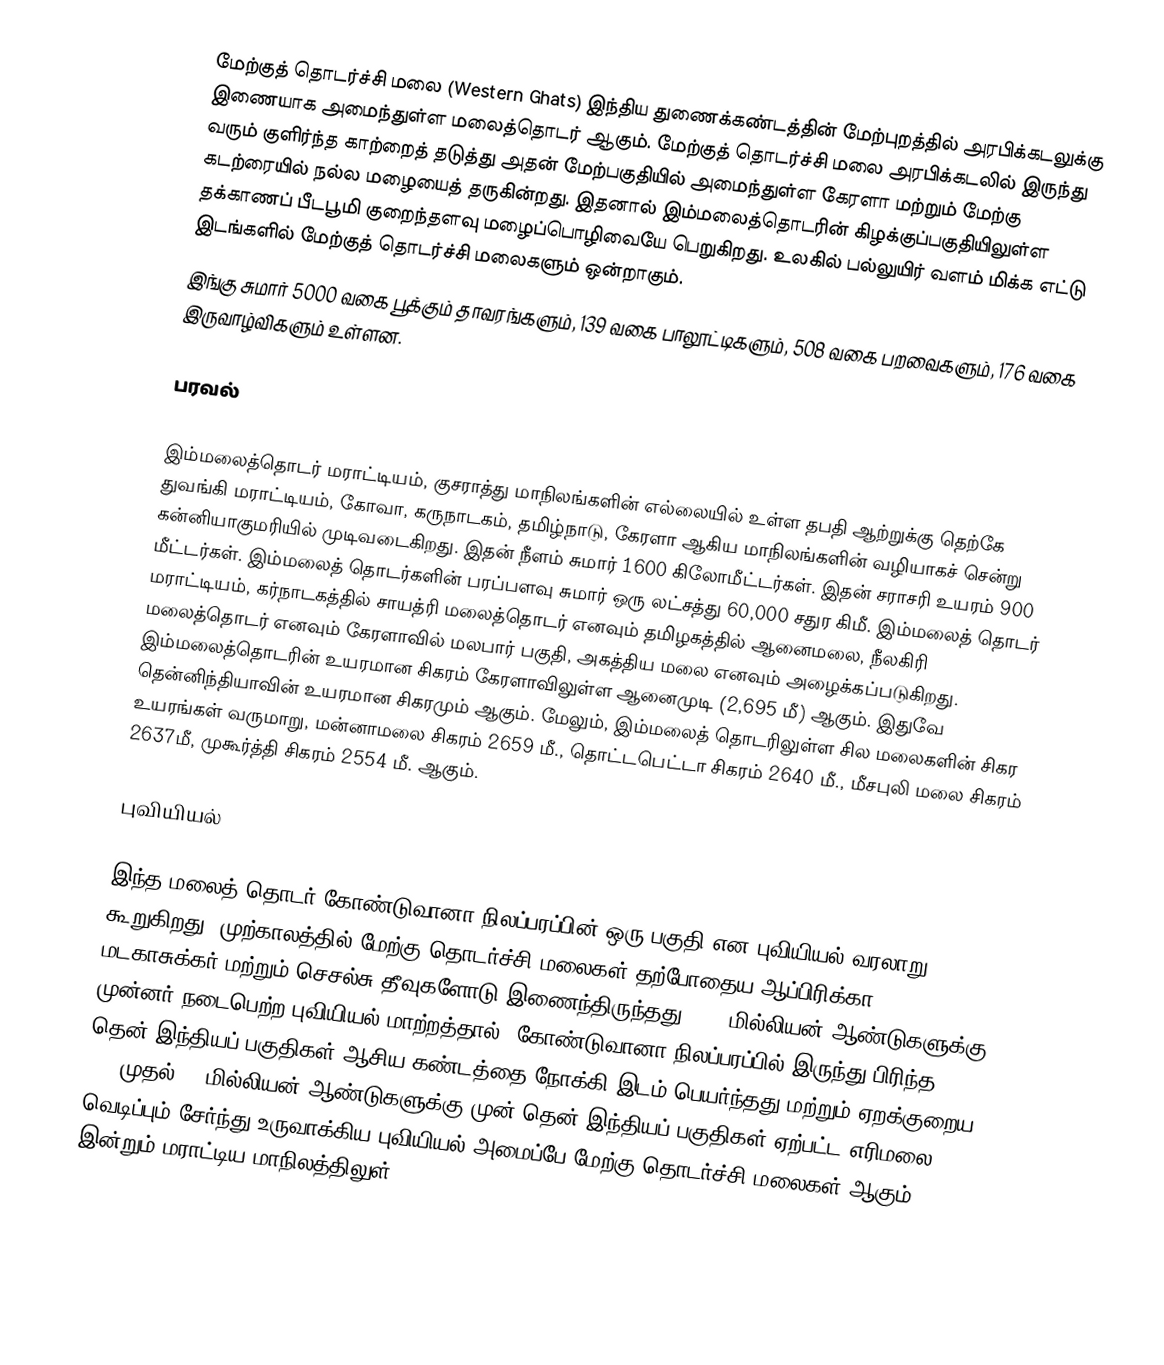
மேற்குத் தொடர்ச்சி மலை (Western Ghats) இந்திய துணைக்கண்டத்தின் மேற்புறத்தில் அரபிக்கடலுக்கு இணையாக அமைந்துள்ள மலைத்தொடர் ஆகும். மேற்குத் தொடர்ச்சி மலை அரபிக்கடலில் இருந்து வரும் குளிர்ந்த காற்றைத் தடுத்து அதன் மேற்பகுதியில் அமைந்துள்ள கேரளா மற்றும் மேற்கு கடற்ரையில் நல்ல மழையைத் தருகின்றது. இதனால் இம்மலைத்தொடரின் கிழக்குப்பகுதியிலுள்ள தக்காணப் பீடபூமி குறைந்தளவு மழைப்பொழிவையே பெறுகிறது. உலகில் பல்லுயிர் வளம் மிக்க எட்டு இடங்களில் மேற்குத் தொடர்ச்சி மலைகளும் ஒன்றாகும்.
இங்கு சுமார் 5000 வகை பூக்கும் தாவரங்களும், 139 வகை பாலூட்டிகளும், 508 வகை பறவைகளும், 176 வகை இருவாழ்விகளும் உள்ளன.

பரவல்

இம்மலைத்தொடர் மராட்டியம், குசராத்து மாநிலங்களின் எல்லையில் உள்ள தபதி ஆற்றுக்கு தெற்கே துவங்கி மராட்டியம், கோவா, கருநாடகம், தமிழ்நாடு, கேரளா ஆகிய மாநிலங்களின் வழியாகச் சென்று கன்னியாகுமரியில் முடிவடைகிறது. இதன் நீளம் சுமார் 1600 கிலோமீட்டர்கள். இதன் சராசரி உயரம் 900 மீட்டர்கள். இம்மலைத் தொடர்களின் பரப்பளவு சுமார் ஒரு லட்சத்து 60,000 சதுர கிமீ. இம்மலைத் தொடர் மராட்டியம், கர்நாடகத்தில் சாயத்ரி மலைத்தொடர் எனவும் தமிழகத்தில் ஆனைமலை, நீலகிரி மலைத்தொடர் எனவும் கேரளாவில் மலபார் பகுதி, அகத்திய மலை எனவும் அழைக்கப்படுகிறது. இம்மலைத்தொடரின் உயரமான சிகரம் கேரளாவிலுள்ள ஆனைமுடி (2,695 மீ) ஆகும். இதுவே தென்னிந்தியாவின் உயரமான சிகரமும் ஆகும். மேலும், இம்மலைத் தொடரிலுள்ள சில மலைகளின் சிகர உயரங்கள் வருமாறு, மன்னாமலை சிகரம் 2659 மீ., தொட்டபெட்டா சிகரம் 2640 மீ.,   மீசபுலி மலை சிகரம் 2637மீ,  முகூர்த்தி சிகரம் 2554 மீ. ஆகும்.

புவியியல்

இந்த மலைத் தொடர் கோண்டுவானா நிலப்பரப்பின் ஒரு பகுதி என புவியியல் வரலாறு கூறுகிறது. முற்காலத்தில் மேற்கு தொடர்ச்சி மலைகள் தற்போதைய ஆப்பிரிக்கா, மடகாசுக்கர் மற்றும் செசல்சு தீவுகளோடு இணைந்திருந்தது. 150 மில்லியன் ஆண்டுகளுக்கு முன்னர் நடைபெற்ற புவியியல் மாற்றத்தால், கோண்டுவானா நிலப்பரப்பில் இருந்து பிரிந்த தென் இந்தியப் பகுதிகள் ஆசிய கண்டத்தை நோக்கி இடம் பெயர்ந்தது மற்றும் ஏறக்குறைய 100 முதல் 80 மில்லியன் ஆண்டுகளுக்கு முன் தென் இந்தியப் பகுதிகள் ஏற்பட்ட எரிமலை வெடிப்பும் சேர்ந்து உருவாக்கிய புவியியல் அமைப்பே மேற்கு தொடர்ச்சி மலைகள் ஆகும். இன்றும் மராட்டிய மாநிலத்திலுள்